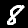
Digit: 8